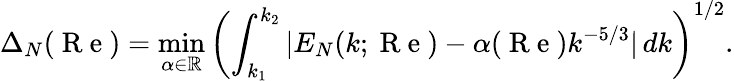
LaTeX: \Delta_{N}(\mathrm{~R~e~})=\operatorname*{min}_{\alpha\in\mathbb{R}}\left(\int_{k_{1}}^{k_{2}}|E_{N}(k;\mathrm{~R~e~})-\alpha(\mathrm{~R~e~})k^{-5/3}|\, dk\right)^{1/2}.